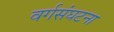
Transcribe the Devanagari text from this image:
वर्गसंघटना